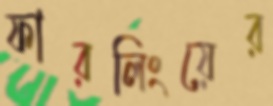
ফারলিংয়ের